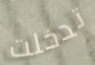
تدخلت